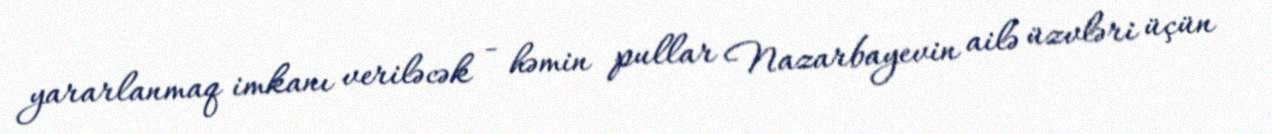
yararlanmaq imkanı veriləcək - həmin pullar Nazarbayevin ailə üzvləri üçün